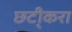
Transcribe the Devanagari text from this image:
छटी्करा